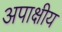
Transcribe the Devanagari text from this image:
अपाक्षीय